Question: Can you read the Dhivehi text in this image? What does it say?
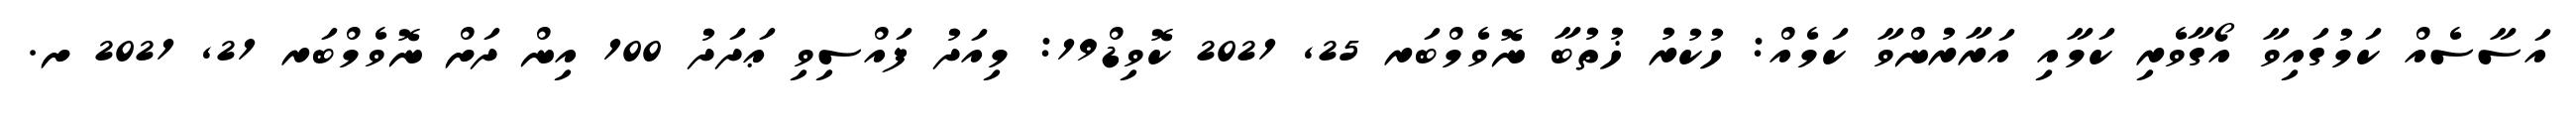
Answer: އަސާސެއް ކަމުގައިވާ އޯގާވެރި ކަމާއި އަރާރުންވާ ކަމެއް: ހުކުރު ޚުތުބާ ނޮވެމްބަރ 25, 2021 ކޮވިޑް19: މިއަދު ފައްސިވި ޢަދަދު 100 އިން ދަށް ނޮވެމްބަރ 21, 2021 ށ.